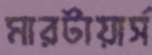
মারটায়ার্স